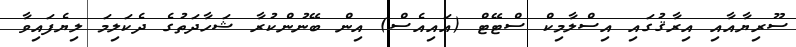
ސޫރިޔާއާއި އިރާޤުގައި އިސްލާމިކް ސްޓޭޓް (އައިއެސް) އިން ބޭނުންކުރާ ޝަހާދަތުގެ ދެކަލިމަ ލިޔެފައިވާ